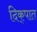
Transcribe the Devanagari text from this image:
दिक्‌पात